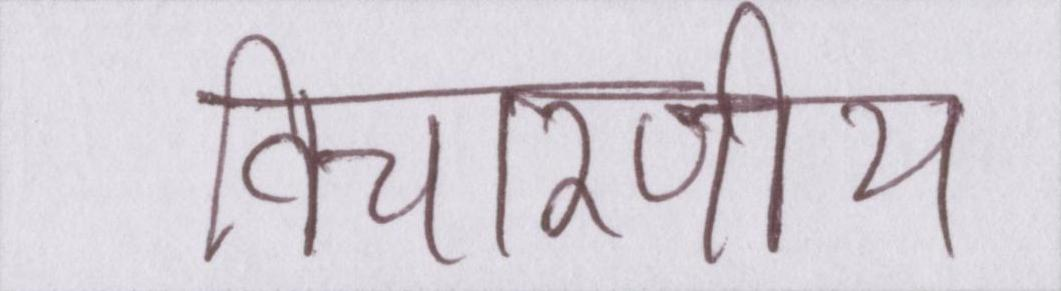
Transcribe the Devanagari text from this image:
विचारणीय